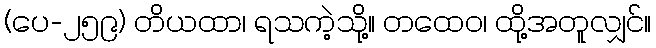
(ပေ-၂၅၉) တိယထာ၊ ရသကဲ့သို့။ တထေဝ၊ ထို့အတူလျှင်။